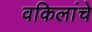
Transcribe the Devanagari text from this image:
वकिलांचे